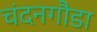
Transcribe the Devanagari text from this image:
चंदनगौडा